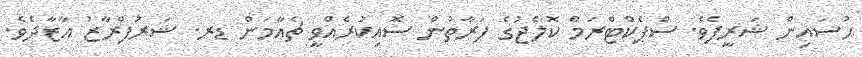
ހުސައިން ޝަރީފެވެ. ސްޕެކްޓްރަމް ކޮލެޖުގެ ފަރާތުން ސޮއިކުރެއްވީ ޗެއާމަން ޑރ. ޝަރުފްރާޒު އާޒާދެވެ.